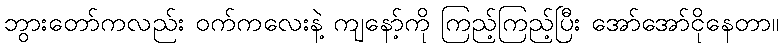
ဘွားတော်ကလည်း ဝက်ကလေးနဲ့ ကျနော့်ကို ကြည့်ကြည့်ပြီး အော်အော်ငိုနေတာ။